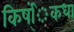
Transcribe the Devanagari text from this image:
किष्ंिकधा